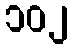
၁၀၂